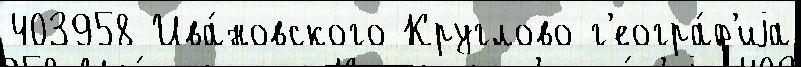
403958 Ива́новского Круглово г'еогра́ф'иjа